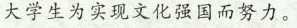
大学生为实现文化强国而努力。